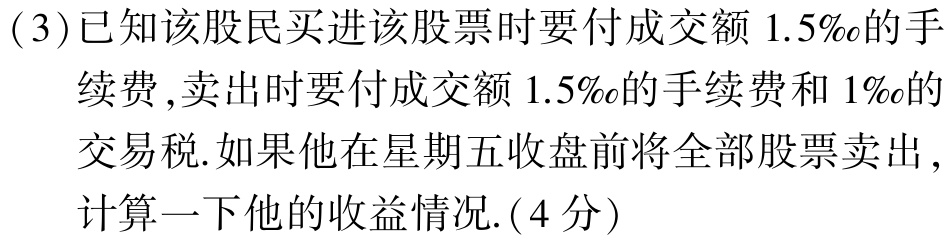
(3)已知该股民买进该股票时要付成交额 \(1.5‰\)的手续费,卖出时要付成交额 \(1.5‰\)的手续费和 \(1‰\)的交易税.如果他在星期五收盘前将全部股票卖出,计算一下他的收益情况.(4分)